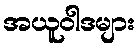
အယူဝါဒများ